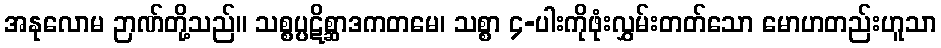
အနုလောမ ဉာဏ်တို့သည်။ သစ္စပ္ပဋိစ္ဆာဒကတမေ၊ သစ္စာ ၄-ပါးကိုဖုံးလွှမ်းတတ်သော မောဟတည်းဟူသာ